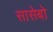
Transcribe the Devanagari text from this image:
सासेबो